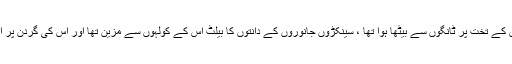
قبر میں مردہ شخص انگلیوں کے تخت پر ٹانگوں سے بیٹھا ہوا تھا ، سینکڑوں جانوروں کے دانتوں کا بیلٹ اس کے کولہوں سے مزین تھا اور اس کی گردن پر ایک سلیٹ لاکٹ لٹکا ہوا تھا۔